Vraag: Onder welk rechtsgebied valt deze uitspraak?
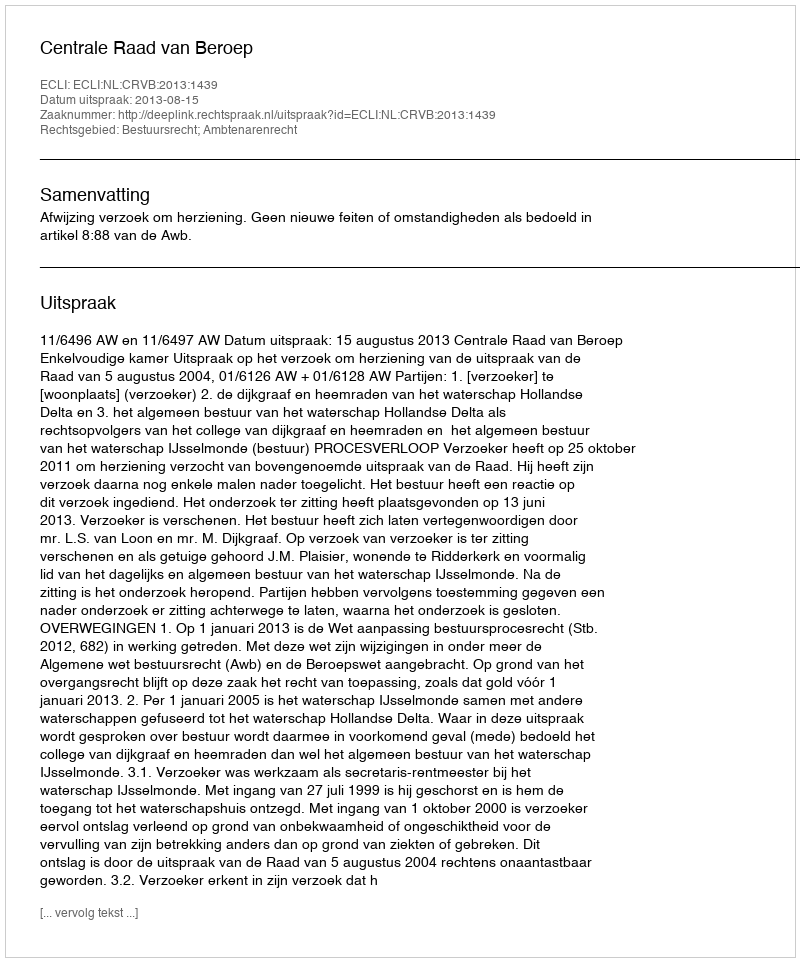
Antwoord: Bestuursrecht; Ambtenarenrecht